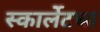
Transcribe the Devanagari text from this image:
स्कार्लेटचा